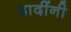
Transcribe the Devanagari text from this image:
दादींनी